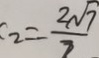
C _ { 2 } = \frac { 2 \sqrt { 7 } } { 7 }